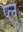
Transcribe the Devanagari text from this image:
प्लू